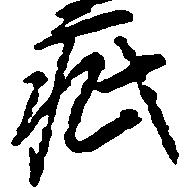
疵